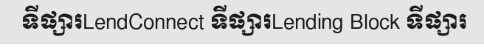
ទីផ្សារLendConnect ទីផ្សារLending Block ទីផ្សារ